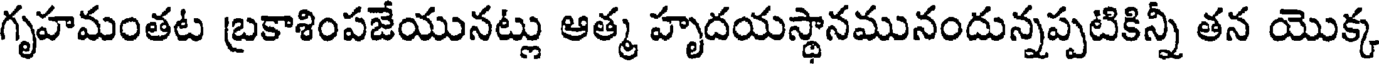
గృహమంతట బ్రకాశింపజేయునట్లు ఆత్మ హృదయస్థానమునందున్నప్పటికిన్నీ తన యొక్క